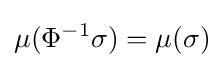
\mu (\Phi ^{-1}\sigma )=\mu (\sigma )